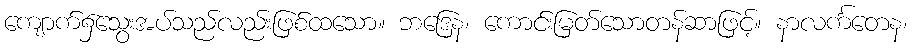
ကျောက်၌သွေးအပ်သည်လည်းဖြစ်ထသော။ ဘဒြေန၊ ကောင်းမြတ်သောတန်ဆာဖြင့်။ နာလင်္ကတေန၊